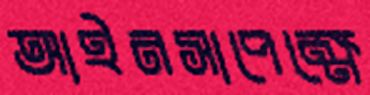
আইনসাপেক্ষে